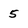
Character: 5